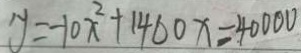
y = - 1 0 x ^ { 2 } + 1 4 0 0 x = 4 0 0 0 0